Civil Veterinary Dept. North-West Frontier Province 1923-32 - 1923-1932
Year: 1923
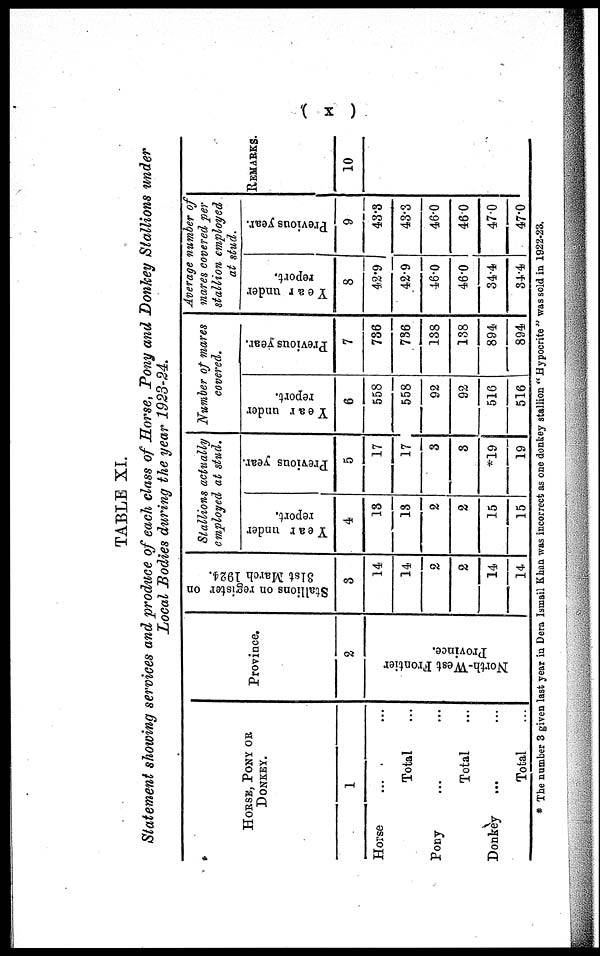
( x )
TABLE XI.
Statement showing services and produce of each class of Horse, Pony and Donkey Stallions under
Local Bodies during the year 1923-24.
HORSE, PONY OR
DONKEY.
1
Horse
... ...
Total ...
Pony ... ...
Total ...
Donkey ... ...
Total ...
Province.
2
North-West Frontier
Province.
Stallions on register on
31st
March 1924.
3
14
14
2
2
14
14
Stallions actually
employed at stud.
Year under
report.
4
13
13
2
2
15
15
Previous year.
5
17
17
3
3
*19
19
Number of mares
covered.
Year under
report.
6
558
558
92
92
516
516
Previous year.
7
736
736
138
138
894
894
Average number of
mares covered per
stallion employed
at stud.
Year under
report.
8
42.9
42.9
46.0
46.0
34.4
34.4
Previous year.
9
43.3
43.3
46.0
46.0
47.0
47.0
REMARKS.
10
* The number 3 given last year in Dera Ismail Khan was incorrect as one donkey stallion " Hypocrite " was sold in 1922-23.